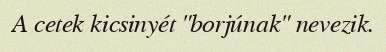
A cetek kicsinyét "borjúnak" nevezik.